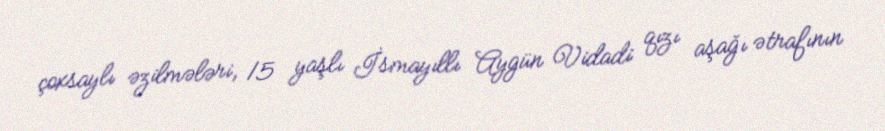
çoxsaylı əzilmələri, 15 yaşlı İsmayıllı Aygün Vidadi qızı aşağı ətrafının